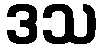
ဒသ